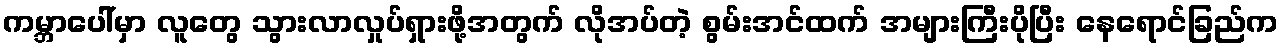
ကမ္ဘာပေါ်မှာ လူတွေ သွားလာလှုပ်ရှားဖို့အတွက် လိုအပ်တဲ့ စွမ်းအင်ထက် အများကြီးပိုပြီး နေရောင်ခြည်က